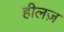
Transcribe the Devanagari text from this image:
हीलज़